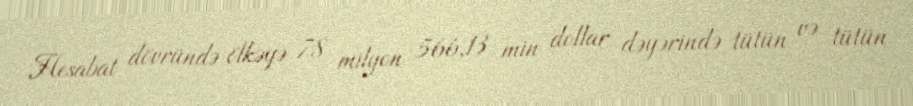
Hesabat dövründə ölkəyə 78 milyon 566,13 min dollar dəyərində tütün və tütün